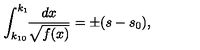
\int _ { k _ { 1 0 } } ^ { k _ { 1 } } \! \! \frac { d x } { \sqrt { f ( x ) } } = \pm ( s - s _ { 0 } ) { , }